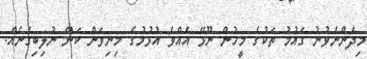
މިދެންނެވުނު ގައުމު ތަކުގެ މީހުން ނޫޅޭ އެއްވެ އުޅުމުގެ މިނިވަން ކަން ނުލިބިގެނެއް.